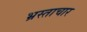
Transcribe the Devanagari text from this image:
भ्रस्ताचार